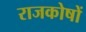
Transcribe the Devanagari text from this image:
राजकोषों